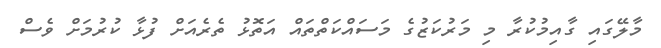
މާލޭގައި ގާއިމުކުރާ މި މަރުކަޒުގެ މަސައްކަތްތައް އަތޮޅު ތެރެއަށް ފުޅާ ކުރުމަށް ވެސް